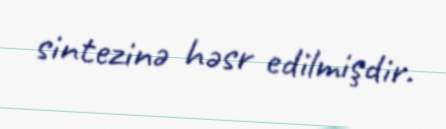
sintezinə həsr edilmişdir.